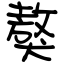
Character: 獒